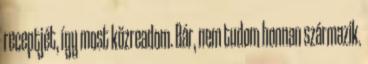
receptjét, így most közreadom. Bár, nem tudom honnan származik.